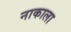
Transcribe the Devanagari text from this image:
नाकाला